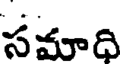
సమాధి